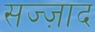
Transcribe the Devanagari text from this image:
सज्ज़ाद